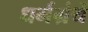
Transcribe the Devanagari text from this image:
धर्मग्रंथें